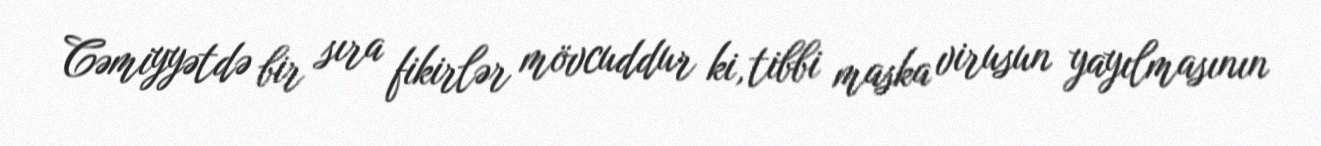
Cəmiyyətdə bir sıra fikirlər mövcuddur ki, tibbi maska virusun yayılmasının